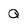
Character: Q